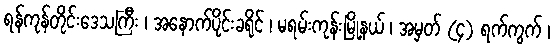
ရန်ကုန်တိုင်းဒေသကြီး ၊ အနောက်ပိုင်းခရိုင် ၊ မရမ်းကုန်းမြို့နယ် ၊ အမှတ် (၄) ရက်ကွက် ၊